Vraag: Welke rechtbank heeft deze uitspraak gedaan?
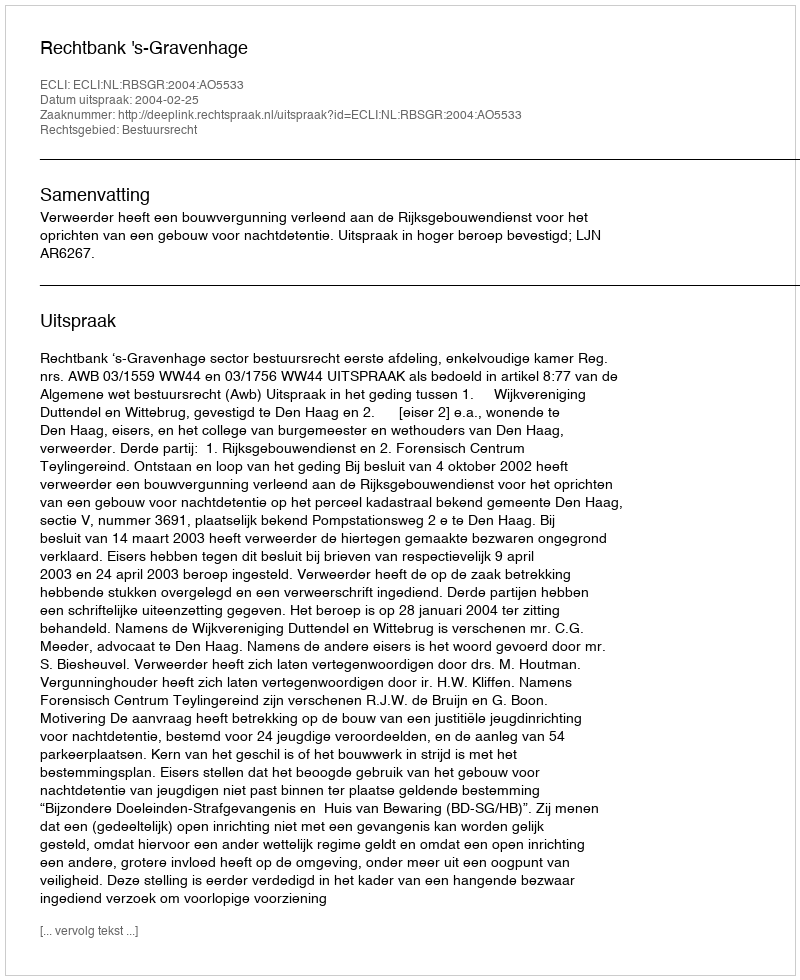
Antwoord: Rechtbank 's-Gravenhage